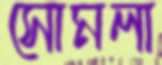
সোমলা